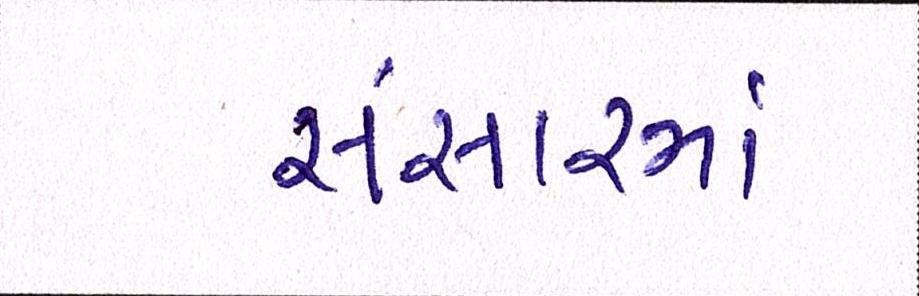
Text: સંસારમાં